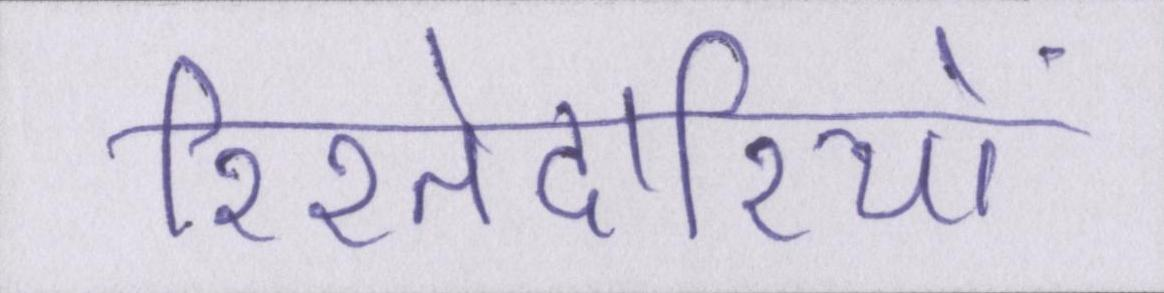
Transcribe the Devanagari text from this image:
रिश्तेदारियों